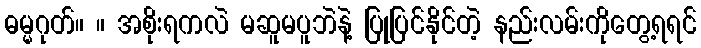
ဓမ္မဂုတ်။ ။ အစိုးရကလဲ မဆူမပူဘဲနဲ့ ပြုပြင်နိုင်တဲ့ နည်းလမ်းကိုတွေ့ရရင်